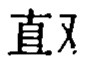
直叉